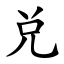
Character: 兑